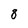
Character: 8